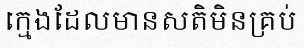
ក្មេងដែលមានសតិមិនគ្រប់